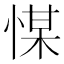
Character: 𢜮